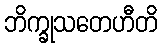
ဘိက္ခုသတေဟီတိ